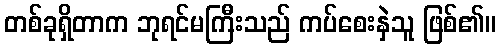
တစ်ခုရှိတာက ဘုရင်မကြီးသည် ကပ်စေးနှဲသူ ဖြစ်၏။